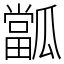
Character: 㼕